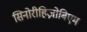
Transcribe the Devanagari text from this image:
सिनोरीहिज़ोबिएम